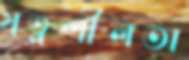
যত্নশীলতা